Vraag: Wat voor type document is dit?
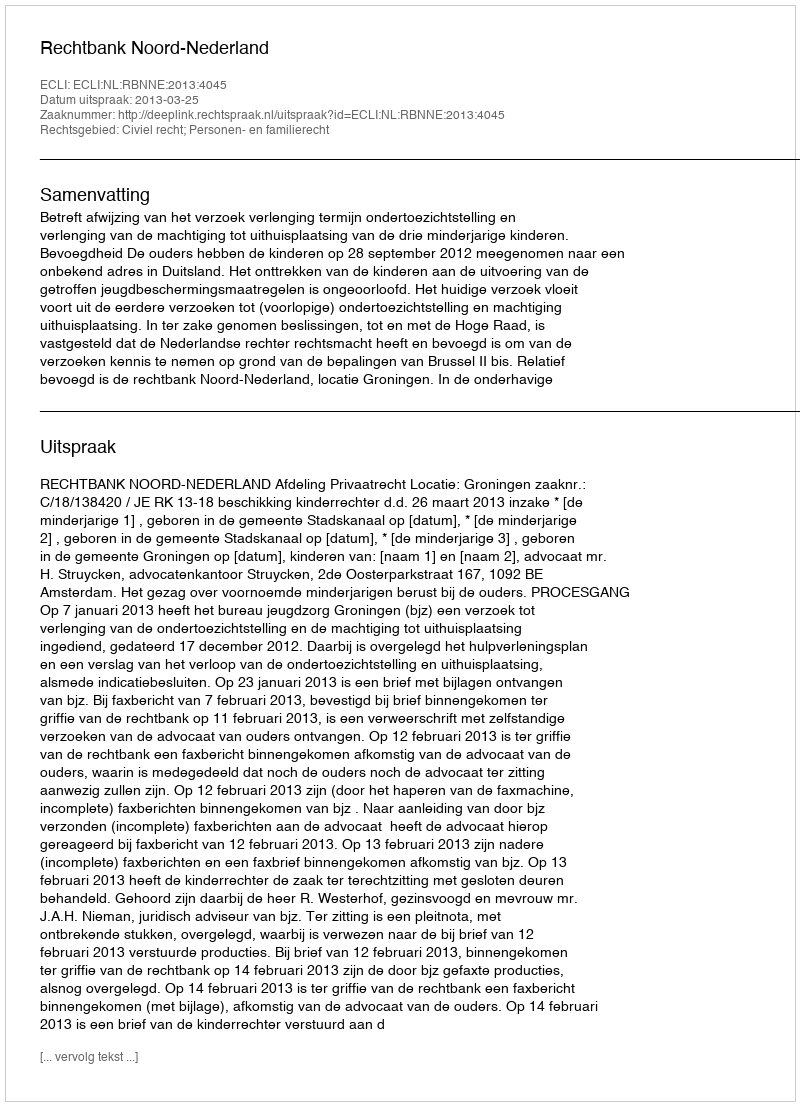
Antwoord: Uitspraak